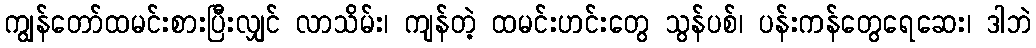
ကျွန်တော်ထမင်းစားပြီးလျှင် လာသိမ်း၊ ကျန်တဲ့ ထမင်းဟင်းတွေ သွန်ပစ်၊ ပန်းကန်တွေရေဆေး၊ ဒါဘဲ